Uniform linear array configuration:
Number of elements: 4
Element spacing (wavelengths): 0.75
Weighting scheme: blackman
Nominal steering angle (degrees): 15
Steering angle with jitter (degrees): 16.351
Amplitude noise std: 0.05
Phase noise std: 0.05

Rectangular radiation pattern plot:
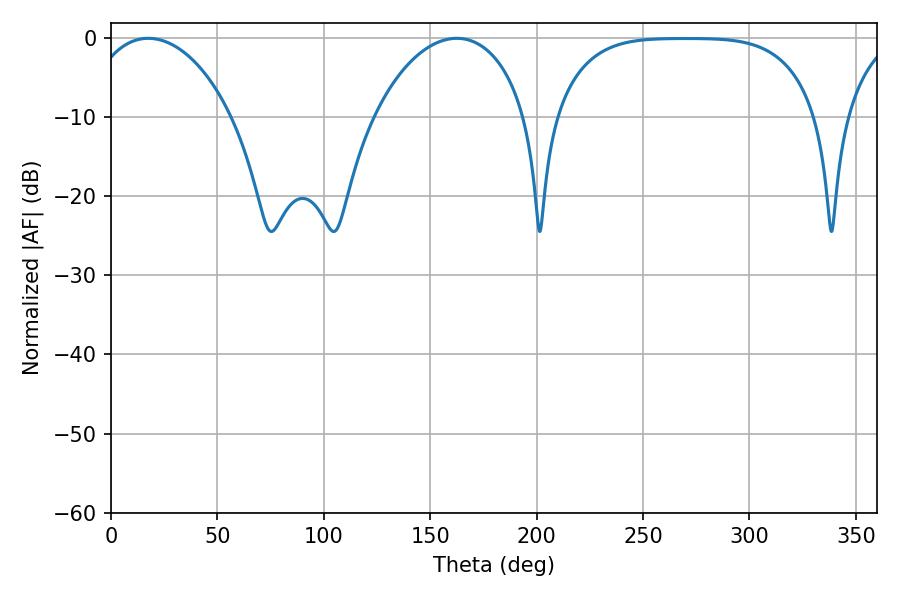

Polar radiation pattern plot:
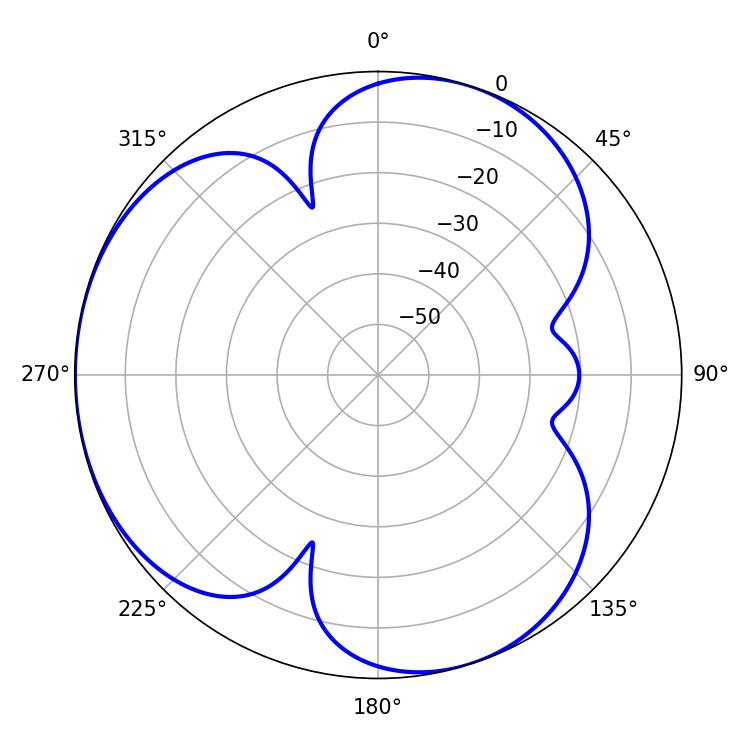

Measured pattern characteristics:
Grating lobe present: TRUE
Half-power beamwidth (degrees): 39.24
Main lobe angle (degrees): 17.46